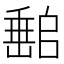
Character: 𡼻